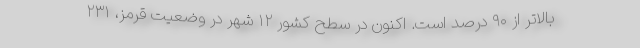
بالاتر از ۹۰ درصد است. اکنون در سطح کشور ۱۲ شهر در وضعیت قرمز، ۲۳۱